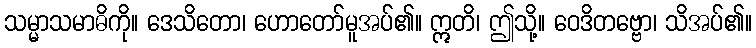
သမ္မာသမာဓိကို။ ဒေသိတော၊ ဟောတော်မူအပ်၏။ ဣတိ၊ ဤသို့။ ဝေဒိတဗ္ဗော၊ သိအပ်၏။